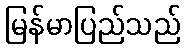
မြန်မာပြည်သည်